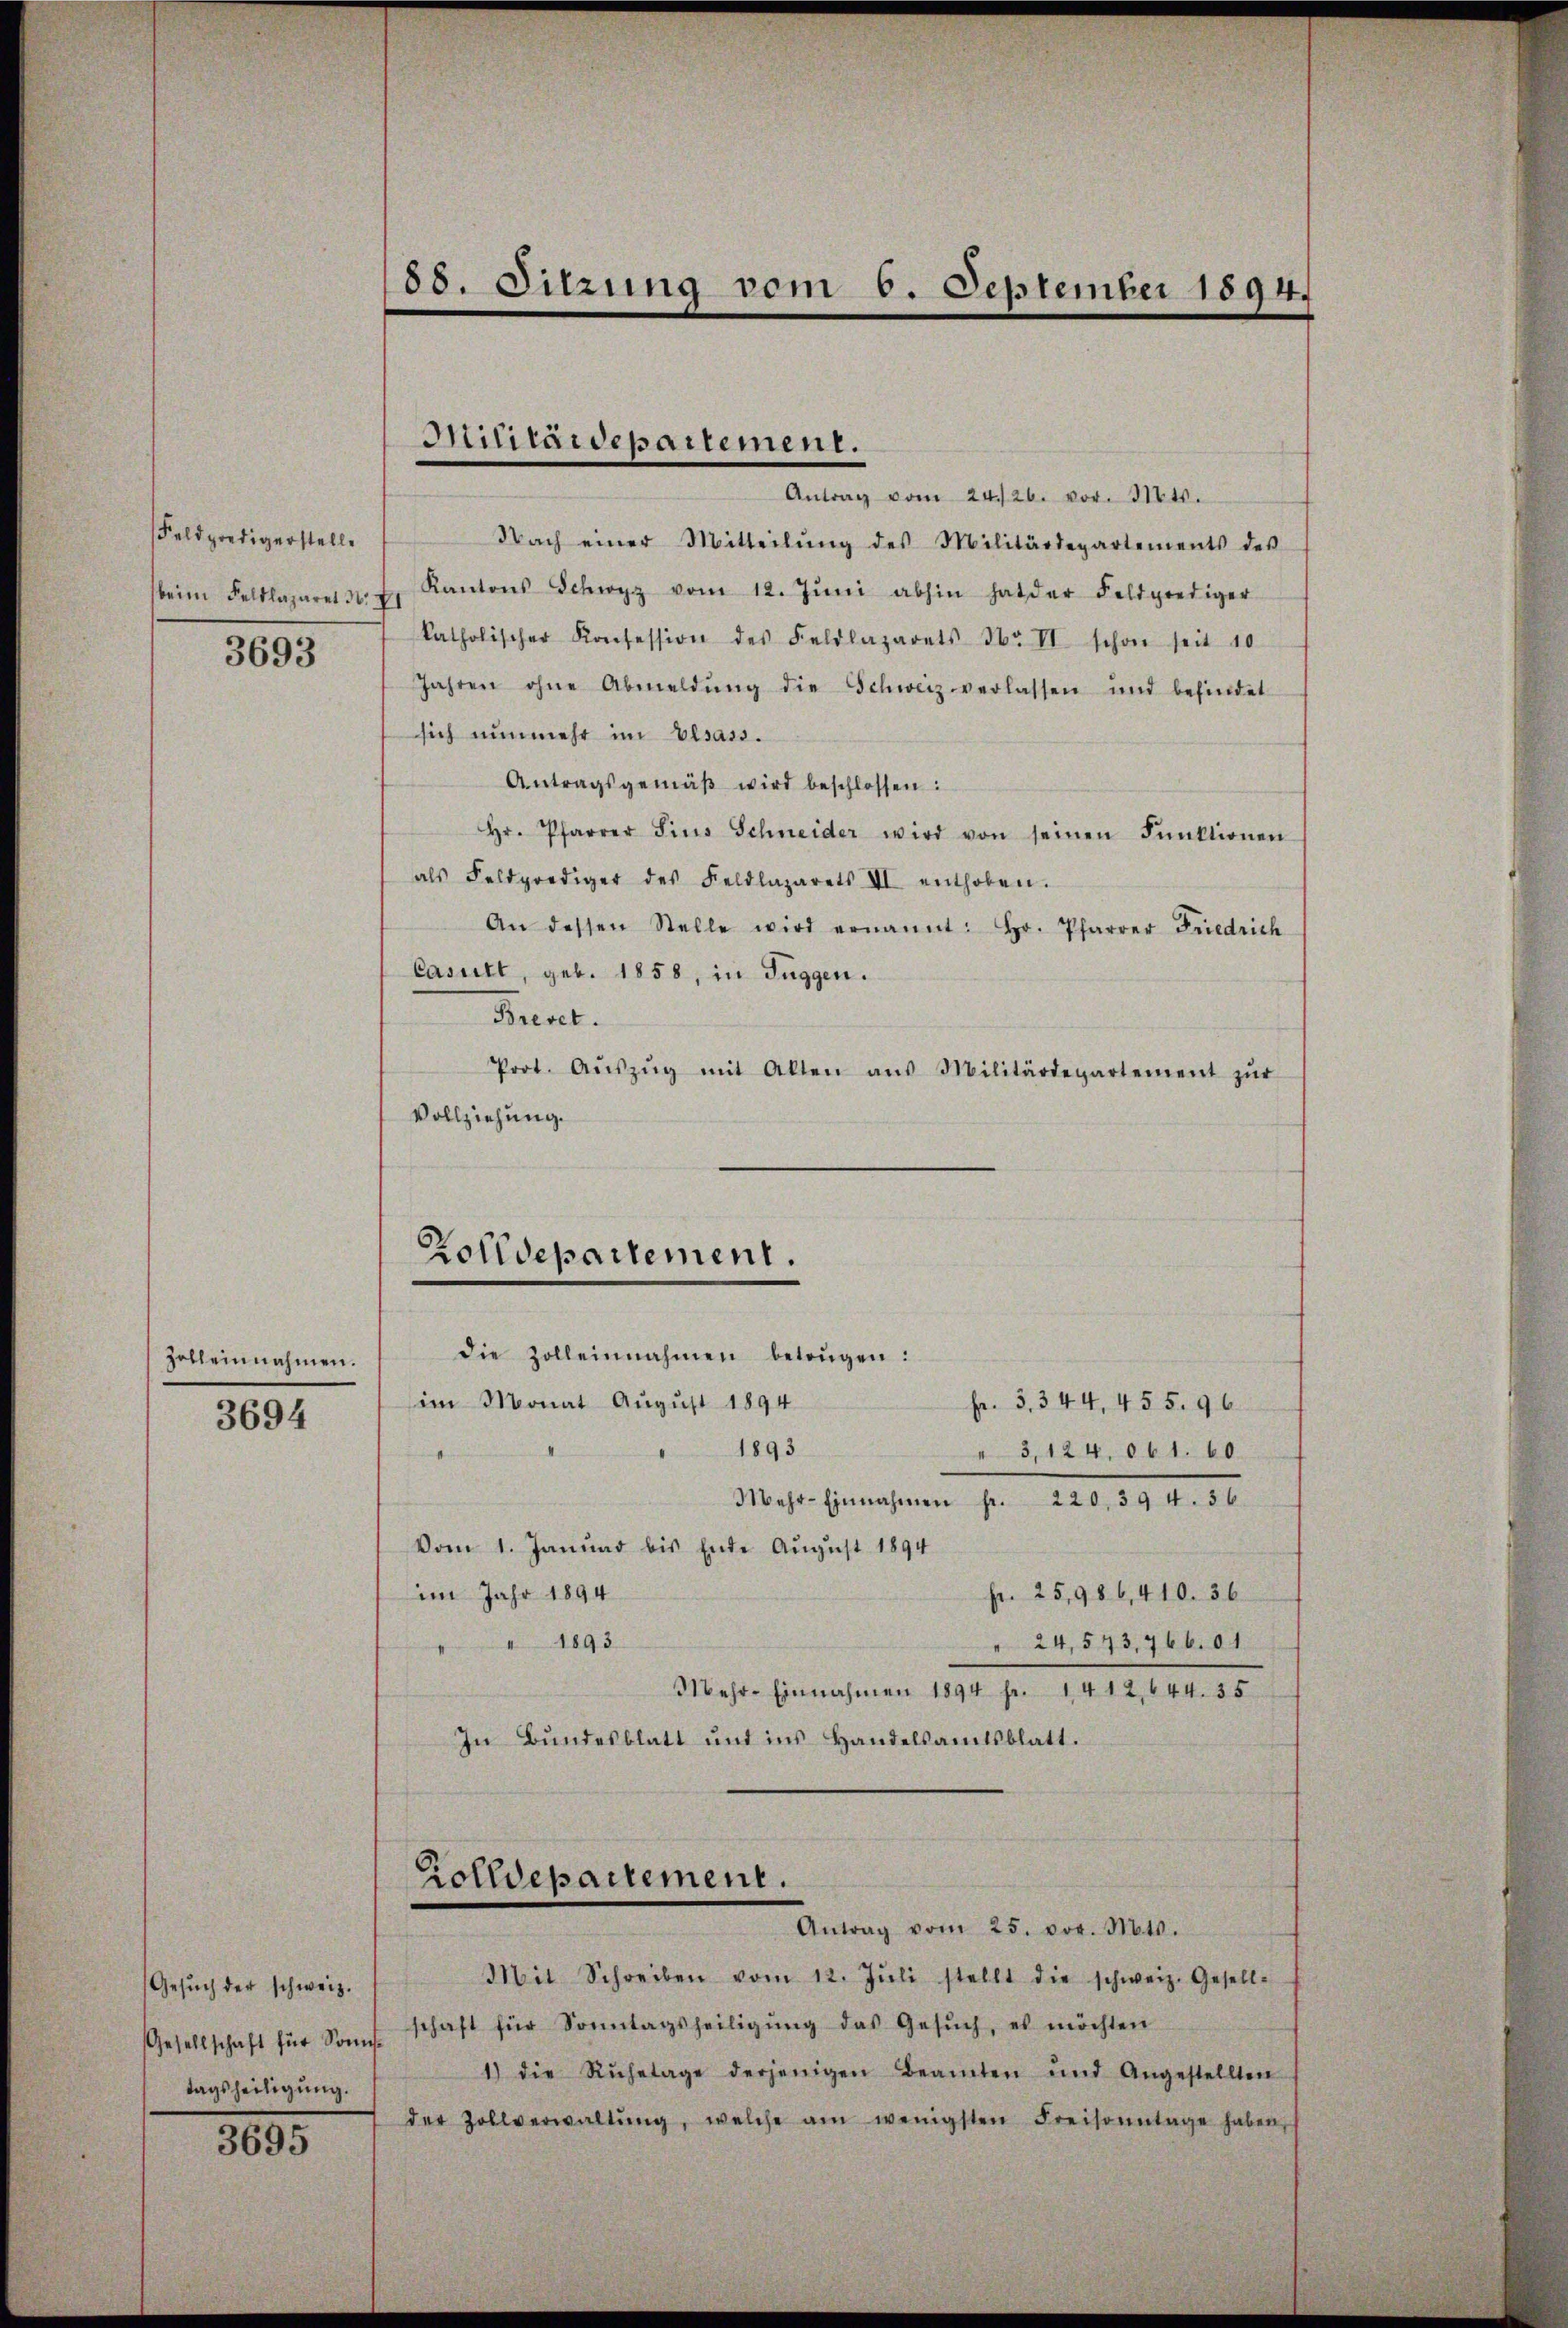
Feldpredigerstelle
3693

Zohl einnahmen.

3694

Gesŭch der schweiz.
Gesellschaft für Sonntagsheiligung.

3695

188. Sitzung vom 6. September 1894.

Antrag vom 24./26. vor. 314.
Nach einer Mitteilŭng des Militärdepartements des
beim Falklazaret d. h. Kantons Schwyz vom 12. Jŭni abhin hat der Feldprediger
katholischer Konfession des Feldlazarets Nr. II schon seit 10
Jahren ohne Abmeldŭng die Schweiz verlassen und befindet
sich nunmehr im Elsass.
Antragsgemäβ wird beschlossen:
Hr. Pfarrer Sins Schneider wird von seinen Punktionen
als Feldprediger des Feldlazarets III enthoben.
An dessen Stelle wird ernannt: Hr. Pfarrer Friedrich
Casull, geb. 1858, in Fuggen.
Brevet.
Prot. Aŭszŭg mit Alten aus Militärdepartement zŭr
Vollziehung.

im Monat August 1894
Fr. 3. 344, 455. 96
1893
" 3, 124. 661. 60.
Mehr-Einnahmen fr. 220. 394. 36
Vom 1. Januar bis Ende August 1894
im Jahr 1894
pr. 25,986,410. 36
1893
" 24, 543, 766. 61.
Mehr-Einnahmen 1894 fr. 1412, 644. 35
In Bundesblatt und ins Handelsamtsblatt.

Militärdepartement.

Zolldepartement.
die Zolleinnahmen betrügen:

Mit Schreiben vom 12. Jŭli stellt die schweiz. Gesell-
schaft für Sonntagsheiligŭng das Gesŭch, es möchten
1) die Ruhetage derjenigen Beamten und Angestellten
der Zollverwaltŭng, welche am wenigsten Freisonntage haben,

Rolldepartement.
Antrag vom 25. vor. Mts.